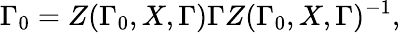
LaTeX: \Gamma_{0}=Z(\Gamma_{0},X,\Gamma)\Gamma Z(\Gamma_{0},X,\Gamma)^{-1},